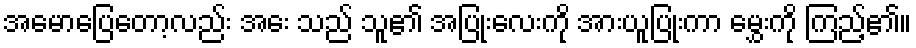
အမောပြေတော့လည်း အေး သည် သူ၏ အပြုံးလေးကို အားယူပြုံးကာ မွှေးကို ကြည့်၏။